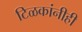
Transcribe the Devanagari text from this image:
टिळकांनीही